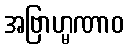
အဗြာဟ္မဏာဝ